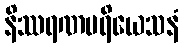
နိဿရဏပရိယေသနံ